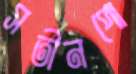
সতীনপো